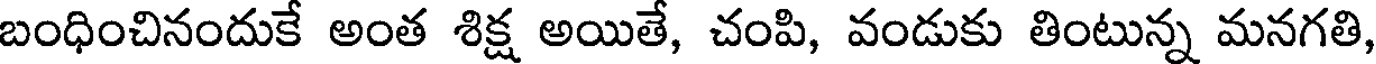
బంధించినందుకే అంత శిక్ష అయితే, చంపి, వండుకు తింటున్న మనగతి,